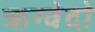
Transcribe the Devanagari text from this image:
ऋग्वेदो